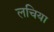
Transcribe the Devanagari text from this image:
लचिया